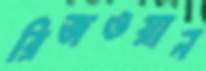
রিজওয়ান